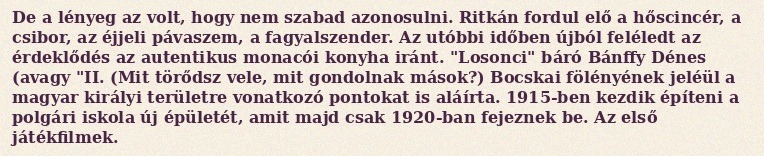
De a lényeg az volt, hogy nem szabad azonosulni. Ritkán fordul elő a hőscincér, a csibor, az éjjeli pávaszem, a fagyalszender. Az utóbbi időben újból feléledt az érdeklődés az autentikus monacói konyha iránt. "Losonci" báró Bánffy Dénes (avagy "II. (Mit törődsz vele, mit gondolnak mások?) Bocskai fölényének jeléül a magyar királyi területre vonatkozó pontokat is aláírta. 1915-ben kezdik építeni a polgári iskola új épületét, amit majd csak 1920-ban fejeznek be. Az első játékfilmek.